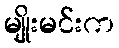
မျိုးမင်းက